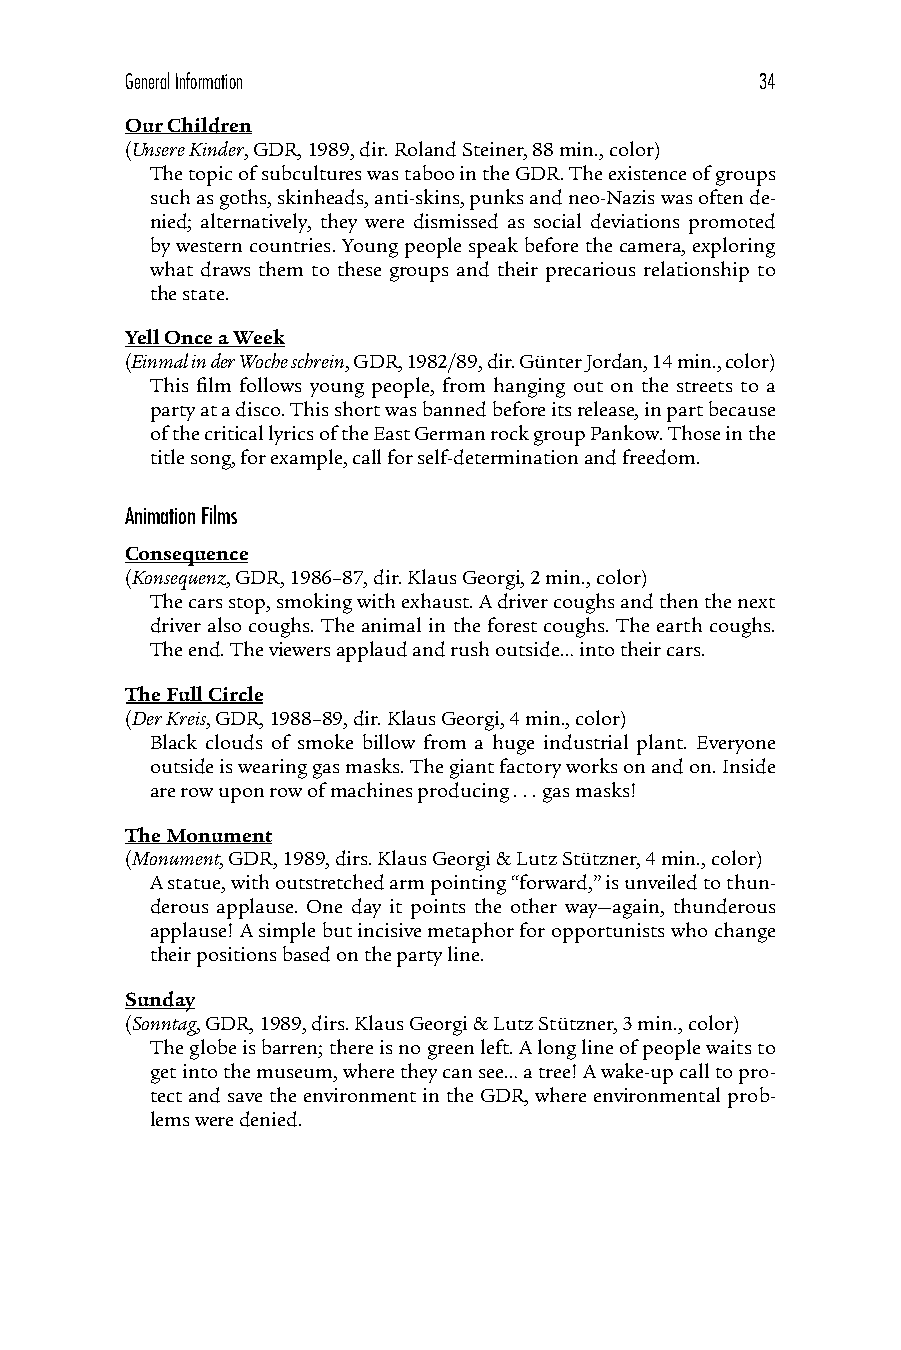
General Information                       34
 Our Children
 (Unsere Kinder, GDR, 1989, dir. Roland Steiner, 88 min., color)
 The topic of subcultures was taboo in the GDR. The existence of groups
 such as goths, skinheads, anti-skins, punks and neo-Nazis was often de-
 nied; alternatively, they were dismissed as social deviations promoted
 by western countries. Young people speak before the camera, exploring
 what draws them to these groups and their precarious relationship to
 the state.
 Yell Once a Week
 (Einmal in der Woche schrein, GDR, 1982/89, dir. Günter Jordan, 14 min., color)
 This film follows young people, from hanging out on the streets to a
 party at a disco. This short was banned before its release, in part because
 of the critical lyrics of the East German rock group Pankow. Those in the
 title song, for example, call for self-determination and freedom.
 Animation Films
 Consequence
 (Konsequenz, GDR, 1986–87, dir. Klaus Georgi, 2 min., color)
 The cars stop, smoking with exhaust. A driver coughs and then the next
 driver also coughs. The animal in the forest coughs. The earth coughs.
 The end. The viewers applaud and rush outside… into their cars.
 The Full Circle
 (Der Kreis, GDR, 1988–89, dir. Klaus Georgi, 4 min., color)
 Black clouds of smoke billow from a huge industrial plant. Everyone
 outside is wearing gas masks. The giant factory works on and on. Inside
 are row upon row of machines producing . . . gas masks!
 The Monument
 (Monument, GDR, 1989, dirs. Klaus Georgi & Lutz Stützner, 4 min., color)
 A statue, with outstretched arm pointing “forward,” is unveiled to thun-
 derous applause. One day it points the other way—again, thunderous
 applause! A simple but incisive metaphor for opportunists who change
 their positions based on the party line.
 Sunday
 (Sonntag, GDR, 1989, dirs. Klaus Georgi & Lutz Stützner, 3 min., color)
 The globe is barren; there is no green left. A long line of people waits to
 get into the museum, where they can see… a tree! A wake-up call to pro-
 tect and save the environment in the GDR, where environmental prob-
 lems were denied.